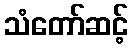
သံတော်ဆင့်